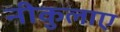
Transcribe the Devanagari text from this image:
नीकुलाए